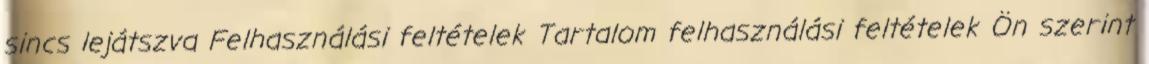
sincs lejátszva Felhasználási feltételek Tartalom felhasználási feltételek Ön szerint